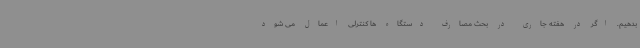
بدهیم. اگر در هفته جاری در بحث مصارف دستگاه ها کنترلی اعمال می شود